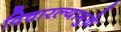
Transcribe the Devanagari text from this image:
विचारल्यामुळे